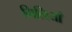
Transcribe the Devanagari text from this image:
मिलियाँ